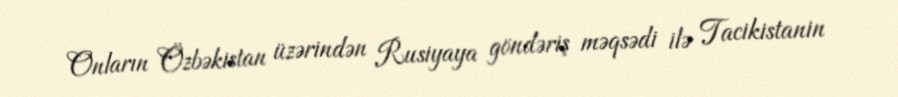
Onların Özbəkistan üzərindən Rusiyaya göndəriş məqsədi ilə Tacikistanin